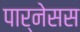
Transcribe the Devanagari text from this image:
पार्नेसस